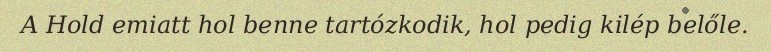
A Hold emiatt hol benne tartózkodik, hol pedig kilép belőle.